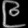
Digit: ၉